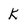
Character: k